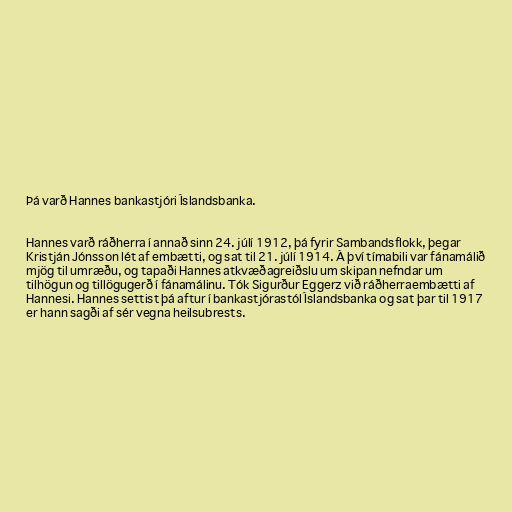
Þá varð Hannes bankastjóri Íslandsbanka.

Hannes varð ráðherra í annað sinn 24. júlí 1912, þá fyrir Sambandsflokk, þegar
Kristján Jónsson lét af embætti, og sat til 21. júlí 1914. Á því tímabili var fánamálið
mjög til umræðu, og tapaði Hannes atkvæðagreiðslu um skipan nefndar um
tilhögun og tillögugerð í fánamálinu. Tók Sigurður Eggerz við ráðherraembætti af
Hannesi. Hannes settist þá aftur í bankastjórastól Íslandsbanka og sat þar til 1917
er hann sagði af sér vegna heilsubrests.